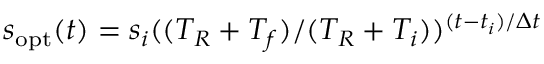
s _ { \mathrm { o p t } } ( t ) = s _ { i } ( ( T _ { R } + T _ { f } ) / ( T _ { R } + T _ { i } ) ) ^ { ( t - t _ { i } ) / \Delta t }